Reports on military cantonments and civil stations in the Presidency of Bombay inspected by the Sanitary Commissioner in the years 1875 and 1876
Year: 1875
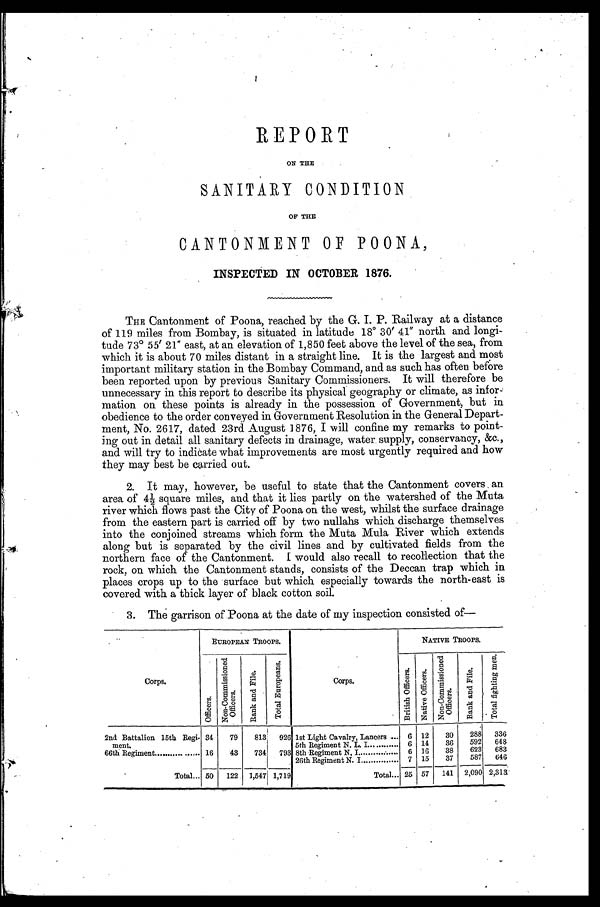
REPORT
ON THE
SANITARY CONDITION
OF THE
CANTONMENT OF POONA,
INSPECTED IN OCTOBER 1876.
THE Cantonment of Poona, reached by the G. I. P. Railway at a distance
of 119 miles from Bombay, is situated in latitude 18° 30'' 41" north and longi-
tude 73° 55' 21" east, at an elevation of 1,850 feet above the level of the sea, from
which it is about 70 miles distant in a straight line. It is the largest and most
important military station in the Bombay Command, and as such has often before
been reported upon by previous Sanitary Commissioners. It will therefore be
unnecessary in this report to describe its physical geography or climate, as
i n f o r - m a t i o n o n t h e s e p o i n t s i s a l r e a d y i n t h e p o s s e s s i o n o f G o v e r n m e n t , b u t i n
obedience to the order conveyed in Government Resolution in the General Depart-
ment, No. 2617, dated 23rd August 1876, I will confine my remarks to point-
- i n g o u t i n d e t a i l a l l s a n i t a r y d e f e c t s i n d r a i n a g e , w a t e r s u p p l y , c o n s e r v a n c y , & c . ,
and will try to indicate what improvements are most urgently required and how
they may best be carried out.
2. It may, however, be useful to state that the Cantonment covers an
area of 4½ square miles, and that it lies partly on the watershed of the Muta
river which flows past the City of Poona on the west, whilst the surface drainage
from the eastern part is carried off by two nullahs which discharge themselves
into the conjoined streams which form the Muta Mula River which extends
along but is separated by the civil lines and by cultivated fields from the
northern face of the Cantonment. I would also recall to recollection that the
rock, on which the Cantonment stands, consists of the Deccan trap which in
places crops up to the surface but which especially towards the north-east is
covered with a thick layer of black cotton soil.
3. The garrison of Poona at the date of my inspection consisted of—
Corps.
EUROPEAN TROOPS.
NATIVE TROOPS.
O f f i c e r s .
No n -
C o m m i s s i o n e d
Of f i cer s .
R a n k
a n d
F i l e .
T o t a l
E u r o p e a n s .
Corps.
B r i t i s h
O f f i c e r s .
N a t i v e O f f i c e r s .
N o n - C o m m i s s i o n e d
Of f i c e r s .
. R a n k a n d
F i l e .
T o t a l
f i g h t i n g
M e n .
2nd Battalion 15th Regi- 34
79
83 1
926 1st Light Cavalry, Lancers
6 12
30
288
336
meat.
5th Regiment N. L. I.
6 14
36
592
648
66th Regiment
16
43
734
793 8th Regiment N. I
6 16
38
623
683
26th Regiment N. I.
7 15
37
587
646
Total... 50
122 1,547 1,719
Total
25 57
141 2,090 2,313